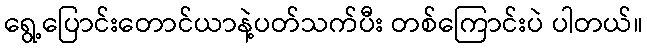
ရွေ့ပြောင်းတောင်ယာနဲ့ပတ်သက်ပီး တစ်ကြောင်းပဲ ပါတယ်။